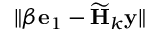
\| \beta \mathbf { e } _ { 1 } - \widetilde { \mathbf { H } } _ { k } \mathbf { y } \|